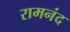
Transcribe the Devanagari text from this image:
रामनंद